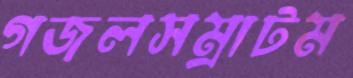
গজলসম্রাটম